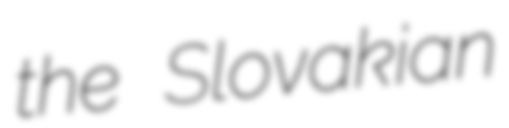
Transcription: the Slovakian